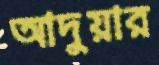
আদুয়ার